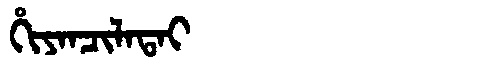
Manchu: ᡥᡳᠶᠠᠨᠴᡳᠯᠠᡨᠠᡳ
Romanization: HIYANCILATAI